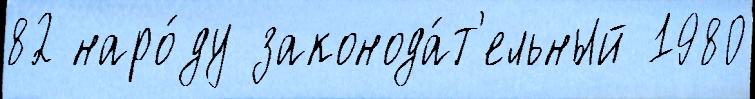
82 наро́ду законода́т'ельный 1980